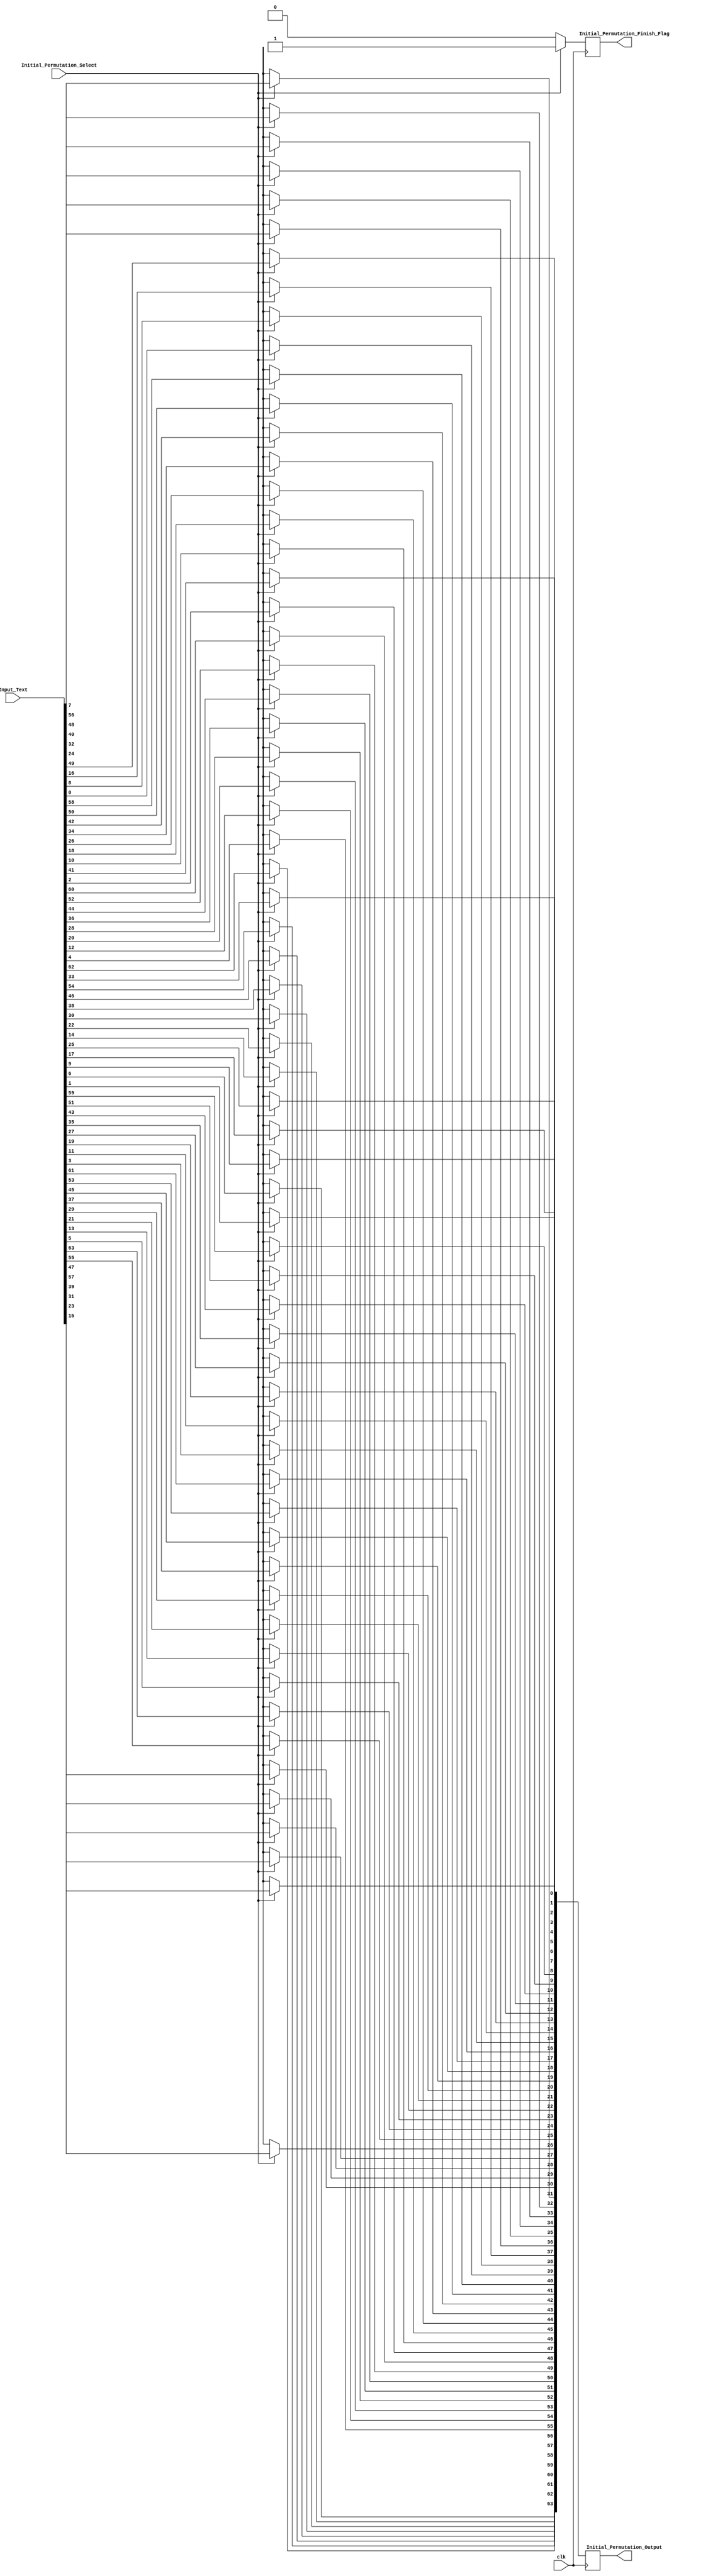
module Initial_Permutation(
	Input_Text,
	Initial_Permutation_Select,
	Initial_Permutation_Output,
	Initial_Permutation_Finish_Flag,
	clk
);
	//input
	input [64:1] Input_Text;
	input Initial_Permutation_Select;
	input clk;
	//output
	output [64:1] Initial_Permutation_Output;
	output Initial_Permutation_Finish_Flag;
	//internal register
	reg [64:1] Initial_Permutation;
	reg Initial_Permutation_Finish;
	
	assign Initial_Permutation_Output = Initial_Permutation;
	assign Initial_Permutation_Finish_Flag = Initial_Permutation_Finish;
	
	always@(posedge clk) begin
		if(Initial_Permutation_Select) begin
			Initial_Permutation[64] <= Input_Text[7];
			Initial_Permutation[63] <= Input_Text[15];
			Initial_Permutation[62] <= Input_Text[23];
			Initial_Permutation[61] <= Input_Text[31];
			Initial_Permutation[60] <= Input_Text[39];
			Initial_Permutation[59] <= Input_Text[47];
			Initial_Permutation[58] <= Input_Text[55];
			Initial_Permutation[57] <= Input_Text[63];
		
			Initial_Permutation[56] <= Input_Text[5];
			Initial_Permutation[55] <= Input_Text[13];
			Initial_Permutation[54] <= Input_Text[21];
			Initial_Permutation[53] <= Input_Text[29];
			Initial_Permutation[52] <= Input_Text[37];
			Initial_Permutation[51] <= Input_Text[45];
			Initial_Permutation[50] <= Input_Text[53];
			Initial_Permutation[49] <= Input_Text[61];
		
			Initial_Permutation[48] <= Input_Text[3];
			Initial_Permutation[47] <= Input_Text[11];
			Initial_Permutation[46] <= Input_Text[19];
			Initial_Permutation[45] <= Input_Text[27];
			Initial_Permutation[44] <= Input_Text[35];
			Initial_Permutation[43] <= Input_Text[43];
			Initial_Permutation[42] <= Input_Text[51];
			Initial_Permutation[41] <= Input_Text[59];
		
			Initial_Permutation[40] <= Input_Text[1];
			Initial_Permutation[39] <= Input_Text[9];
			Initial_Permutation[38] <= Input_Text[17];
			Initial_Permutation[37] <= Input_Text[25];
			Initial_Permutation[36] <= Input_Text[33];
			Initial_Permutation[35] <= Input_Text[41];
			Initial_Permutation[34] <= Input_Text[49];
			Initial_Permutation[33] <= Input_Text[57];
		
			Initial_Permutation[32] <= Input_Text[8];
			Initial_Permutation[31] <= Input_Text[16];
			Initial_Permutation[30] <= Input_Text[24];
			Initial_Permutation[29] <= Input_Text[32];
			Initial_Permutation[28] <= Input_Text[40];
			Initial_Permutation[27] <= Input_Text[48];
			Initial_Permutation[26] <= Input_Text[56];
			Initial_Permutation[25] <= Input_Text[64];
		
			Initial_Permutation[24] <= Input_Text[6];
			Initial_Permutation[23] <= Input_Text[14];
			Initial_Permutation[22] <= Input_Text[22];
			Initial_Permutation[21] <= Input_Text[30];
			Initial_Permutation[20] <= Input_Text[38];
			Initial_Permutation[19] <= Input_Text[46];
			Initial_Permutation[18] <= Input_Text[54];
			Initial_Permutation[17] <= Input_Text[62];
		
			Initial_Permutation[16] <= Input_Text[4];
			Initial_Permutation[15] <= Input_Text[12];
			Initial_Permutation[14] <= Input_Text[20];
			Initial_Permutation[13] <= Input_Text[28];
			Initial_Permutation[12] <= Input_Text[36];
			Initial_Permutation[11] <= Input_Text[44];
			Initial_Permutation[10] <= Input_Text[52];
			Initial_Permutation[9] <= Input_Text[60];
		
			Initial_Permutation[8] <= Input_Text[2];
			Initial_Permutation[7] <= Input_Text[10];
			Initial_Permutation[6] <= Input_Text[18];
			Initial_Permutation[5] <= Input_Text[26];
			Initial_Permutation[4] <= Input_Text[34];
			Initial_Permutation[3] <= Input_Text[42];
			Initial_Permutation[2] <= Input_Text[50];
			Initial_Permutation[1] <= Input_Text[58];
			
			Initial_Permutation_Finish <= 1'b1;
		end
		else begin
			Initial_Permutation <= 64'bx;
			Initial_Permutation_Finish <= 1'b0;
		end
	
	end

endmodule